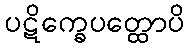
ပဋိက္ခေပတ္ထောပိ